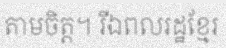
តាមចិត្ត។ រីឯពលរដ្ឋខ្មែរ